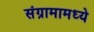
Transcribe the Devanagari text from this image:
संग्रामामध्‍ये